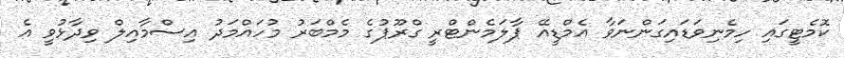
ކޮމެޓީގައި ހިމެނިވަޑައިގަންނަވާ އެމްޑީއޭ ޕާލަމެންޓްރީ ގްރޫޕުގެ މެމްބަރު މުހައްމަދު އިސްމާއިލް ވިދާޅުވީ އެ